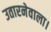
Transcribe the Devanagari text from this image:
उतारनेवाला।